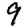
Digit: 9